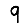
Digit: 9